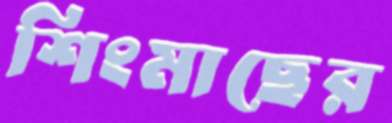
শিংমাছের